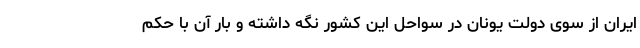
ایران از سوی دولت یونان در سواحل این کشور نگه داشته و بار آن با حکم